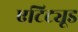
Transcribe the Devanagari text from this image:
एटिट्यूड